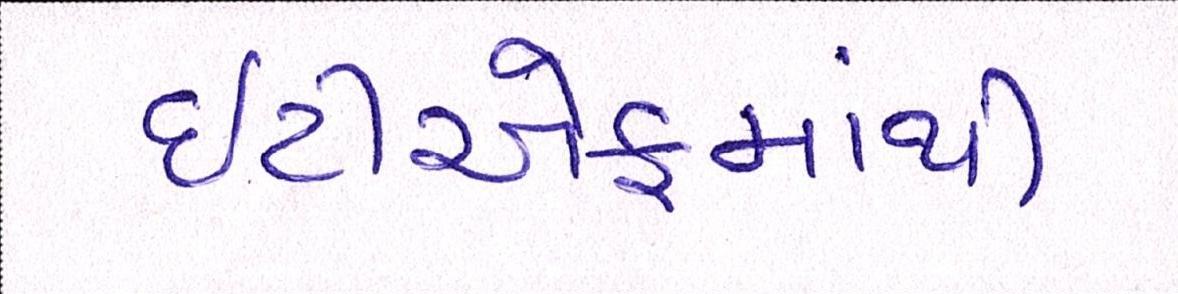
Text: ઇટીએફમાંથી